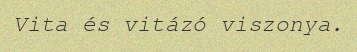
Vita és vitázó viszonya.